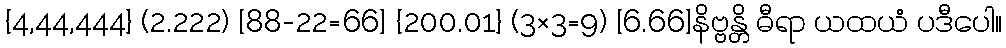
{4,44,444} (2.222) [88-22=66] {200.01} (3×3=9) [6.66]နိဗ္ဗန္တိ ဓီရာ ယထယံ ပဒီပေါ။